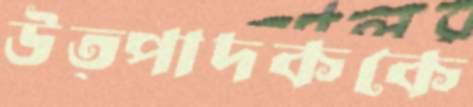
উত্পাদককে